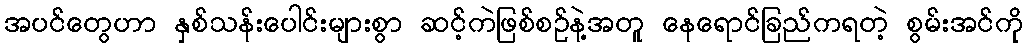
အပင်တွေဟာ နှစ်သန်းပေါင်းများစွာ ဆင့်ကဲဖြစ်စဉ်နဲ့အတူ နေရောင်ခြည်ကရတဲ့ စွမ်းအင်ကို